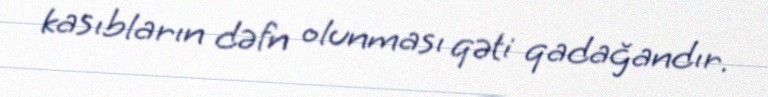
kasıbların dəfn olunması qəti qadağandır.